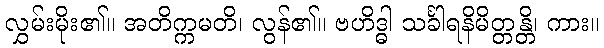
လွှမ်းမိုး၏။ အတိက္ကမတိ၊ လွန်၏။ ဗဟိဒ္ဓါ သင်္ခါရနိမိတ္တန္တိ၊ ကား။